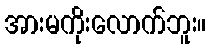
အားမကိုးလောက်ဘူး။